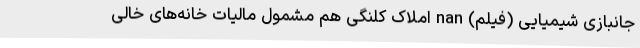
جانبازی شیمیایی (فیلم) nan املاک کلنگی هم مشمول مالیات خانه‌های خالی